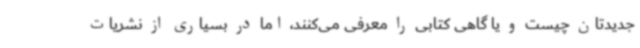
جدیدتان چیست و یا گاهی کتابی را معرفی می‌کنند، اما در بسیاری از نشریات